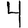
Digit: 4